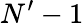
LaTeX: N^{\prime}-1